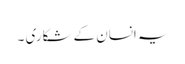
یہ انسان کے شکاری ۔